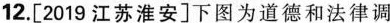
12.[2019江苏淮安]下图为道德和法律调